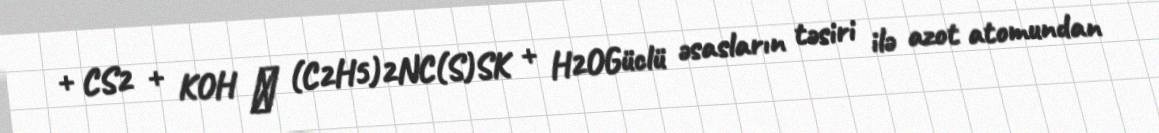
+ CS2 + KOH → (C2H5)2NC(S)SK + H2OGüclü əsasların təsiri ilə azot atomundan